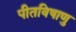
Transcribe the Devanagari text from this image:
पीतविषाणु